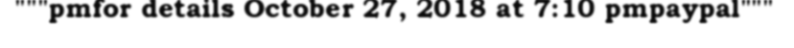
"""pmfor details October 27, 2018 at 7:10 pmpaypal"""